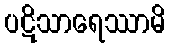
ပဋိသာရေဿာမိ